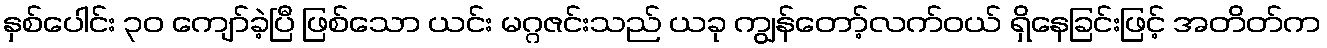
နှစ်ပေါင်း ၃၀ ကျော်ခဲ့ပြီ ဖြစ်သော ယင်း မဂ္ဂဇင်းသည် ယခု ကျွန်တော့်လက်ဝယ် ရှိနေခြင်းဖြင့် အတိတ်က